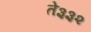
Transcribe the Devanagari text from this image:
ते३३२